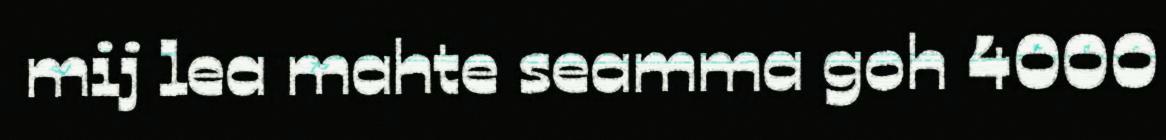
mij lea mahte seamma goh 4000